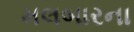
મલબારના